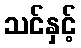
သင်နှင့်